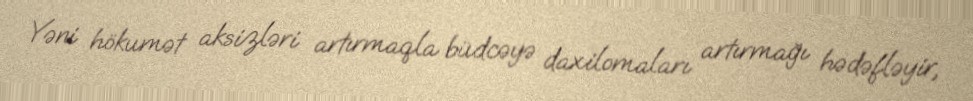
Yəni hökumət aksizləri artırmaqla büdcəyə daxilomaları artırmağı hədəfləyir,